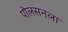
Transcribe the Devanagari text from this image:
पोलसनला